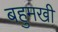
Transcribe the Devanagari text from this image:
बहुमखी